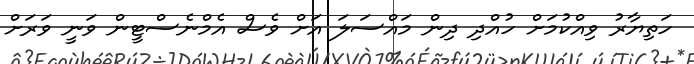
ހަތިޔާރު ވިއްކުމަށް ހުއްދި ދިން މައްސަލަ އަށް ވެސް އެމްނެސްޓީން ވަނީ ވަރަށް